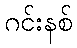
ဂင်းနစ်